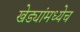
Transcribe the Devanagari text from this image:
खेड्यांमध्येच